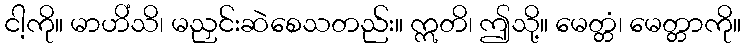
ငါ့ကို။ မာဟိံသိ၊ မညှင်းဆဲစေသတည်း။ ဣတိ၊ ဤသို့။ မေတ္တံ၊ မေတ္တာကို။